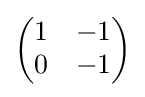
{\begin{pmatrix}1&-1\\0&-1\end{pmatrix}}